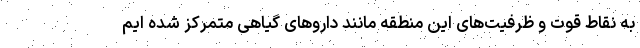
به نقاط قوت و ظرفیت‌های این منطقه مانند داروهای گیاهی متمرکز شده ایم